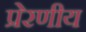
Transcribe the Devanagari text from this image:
प्रेरणीय